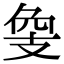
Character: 𢻁